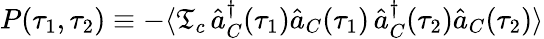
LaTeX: P(\tau_{1},\tau_{2})\equiv-\langle\mathfrak{T}_{c}\, \hat{{a}}_{C}^{\dagger}(\tau_{1})\hat{{a}}_{C}(\tau_{1})\, \hat{{a}}_{C}^{\dagger}(\tau_{2})\hat{{a}}_{C}(\tau_{2})\rangle